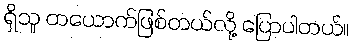
ရှိသူ တယောက်ဖြစ်တယ်လို့ ပြောပါတယ်။